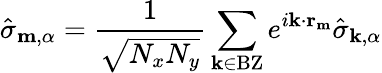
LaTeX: \hat{\sigma}_{\mathbf{m},\alpha}=\frac{1}{\sqrt{N_{x}N_{y}}}\sum_{\mathbf{k}\in\mathrm{BZ}}e^{i\mathbf{k}\cdot\mathbf{r}_{\mathbf{m}}}\hat{\sigma}_{\mathbf{k},\alpha}